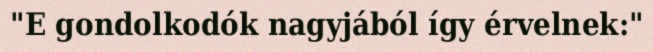
"E gondolkodók nagyjából így érvelnek:"